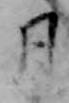
月